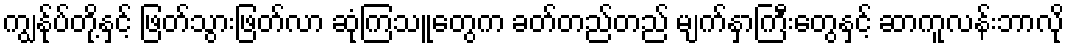
ကျွန်ုပ်တို့နှင့် ဖြတ်သွားဖြတ်လာ ဆုံကြသူတွေက ခတ်တည်တည် မျက်နှာကြီးတွေနှင့် ဆာကူလန်းဘာလို